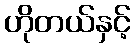
ဟိုတယ်နှင့်